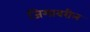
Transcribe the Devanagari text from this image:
जिमावरील